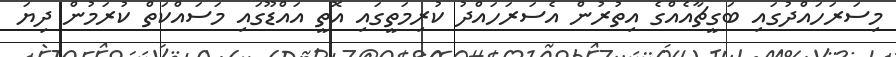
މިސަރަހައްދުގައި ބަގީޗާއެއްގެ އިތުރުން އެސަރަހައްދު ކުރިމަތީގައި އޮތީ އައްޑޫގައި މަސައްކަތް ކުރަމުން ދިޔަ